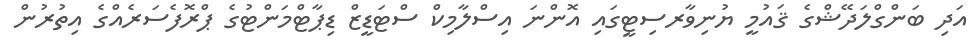
އަދި ބަންގްލަދޭޝްގެ ޤައުމީ ޔުނިވާރސިޓީގައި އޮންނަ އިސްލާމިކް ސްޓަޑީޒް ޑިޕާޓްމަންޓުގެ ޕްރޮފެސަރެއްގެ އިތުރުން